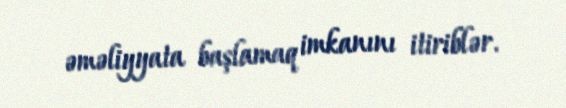
əməliyyata başlamaq imkanını itiriblər.